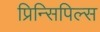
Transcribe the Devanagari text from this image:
प्रिन्सिपिल्स